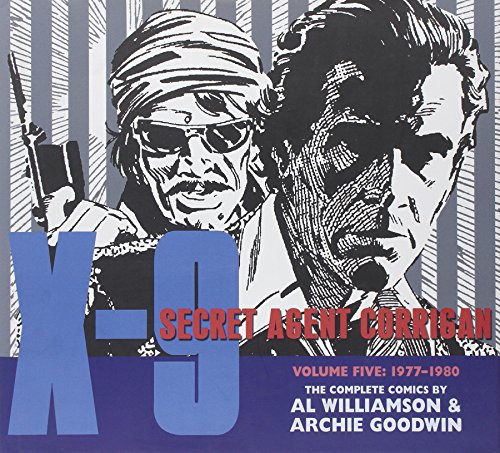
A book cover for X-9: Secret Agent Corrigan Volume 5 (X-9 Secret Agent Corrigan Hc); Archie Goodwin; Humor & Entertainment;